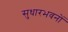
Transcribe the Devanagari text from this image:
सुधारभवनों